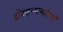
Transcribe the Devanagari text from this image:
द्वीपकल्पाबरोबरही